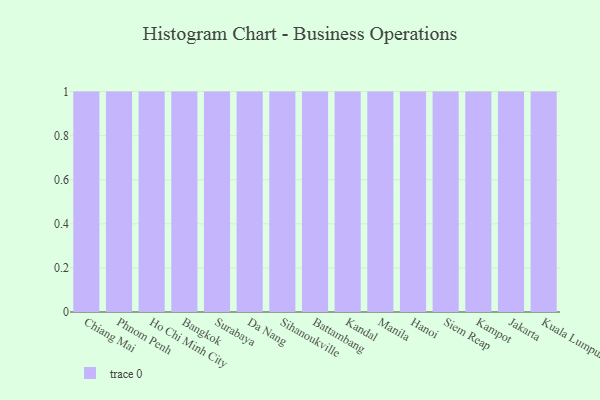
{"axis": {"x": "City", "y": "Satisfaction Score"}, "legend": [""], "data": [{"x": "Chiang Mai", "y": 78, "type": ""}, {"x": "Phnom Penh", "y": 47, "type": ""}, {"x": "Ho Chi Minh City", "y": 46, "type": ""}, {"x": "Bangkok", "y": 2, "type": ""}, {"x": "Surabaya", "y": 35, "type": ""}, {"x": "Da Nang", "y": 53, "type": ""}, {"x": "Sihanoukville", "y": 3, "type": ""}, {"x": "Battambang", "y": 83, "type": ""}, {"x": "Kandal", "y": 31, "type": ""}, {"x": "Manila", "y": 96, "type": ""}, {"x": "Hanoi", "y": 50, "type": ""}, {"x": "Siem Reap", "y": 45, "type": ""}, {"x": "Kampot", "y": 77, "type": ""}, {"x": "Jakarta", "y": 12, "type": ""}, {"x": "Kuala Lumpur", "y": 60, "type": ""}]}